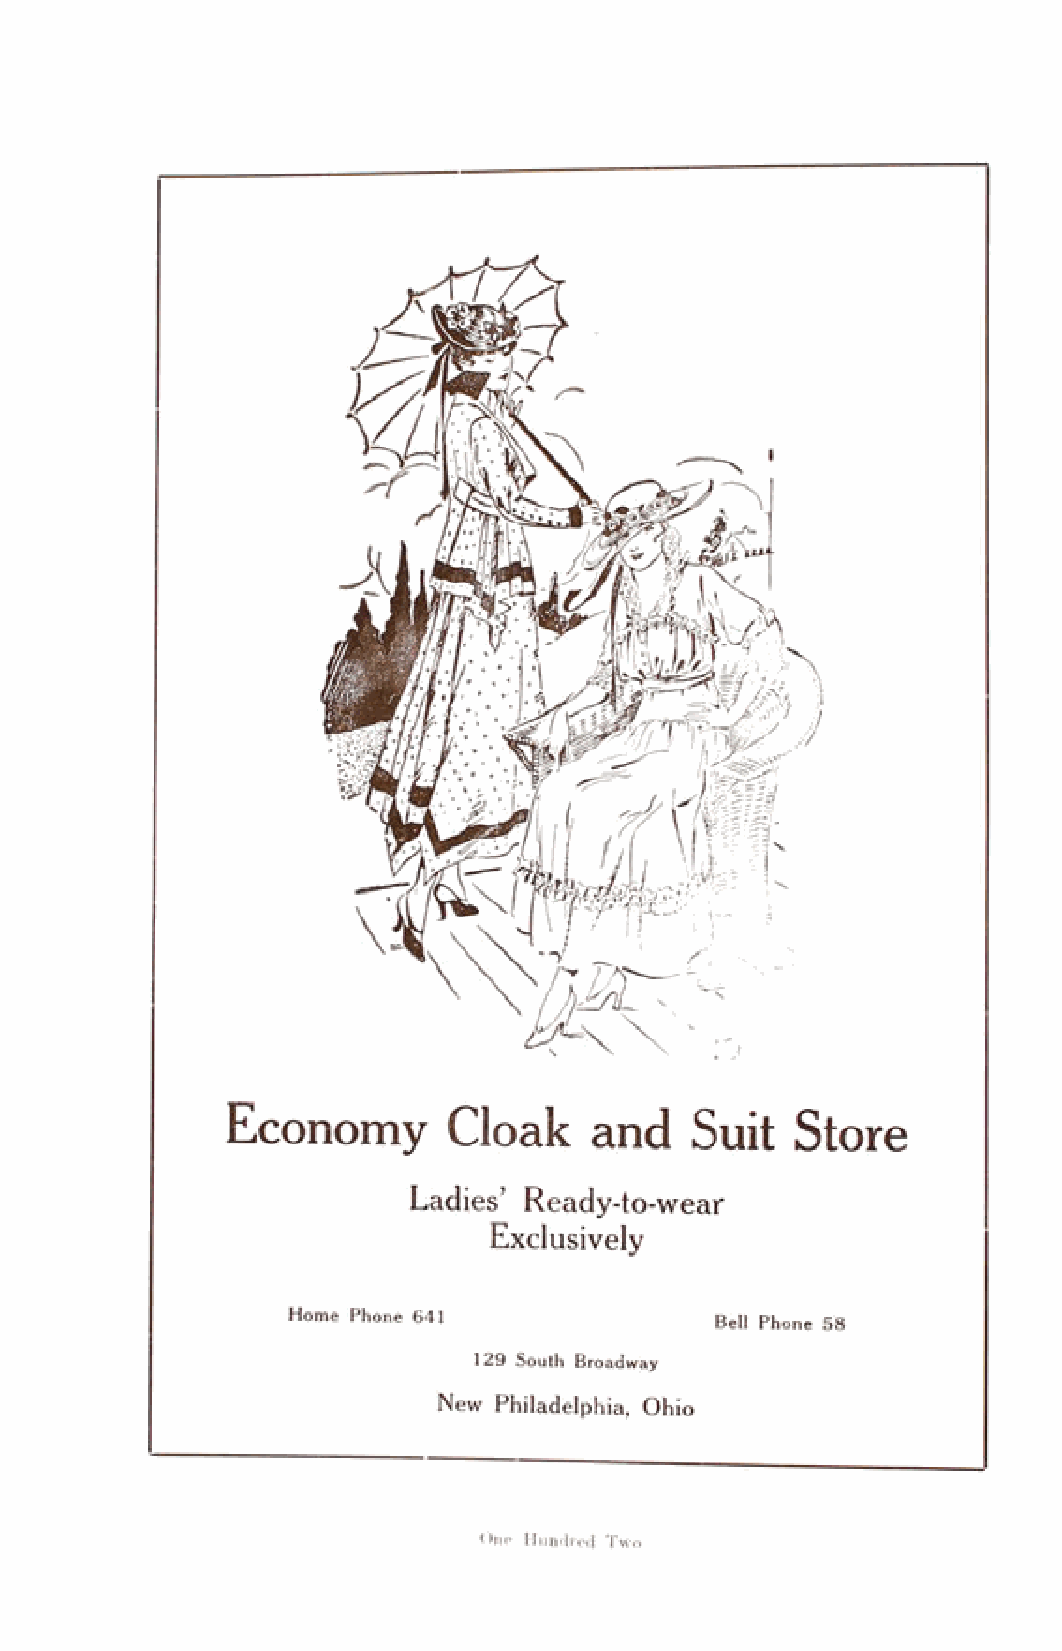
Economy        Cloak    and    Suit   Store
 Ladies’ Ready-to-wear
 Exclusively
 Home Phone 641              Bell phone 58
 129 South Broadway
 New Philadelphia, Ohio
 One Hundred Two